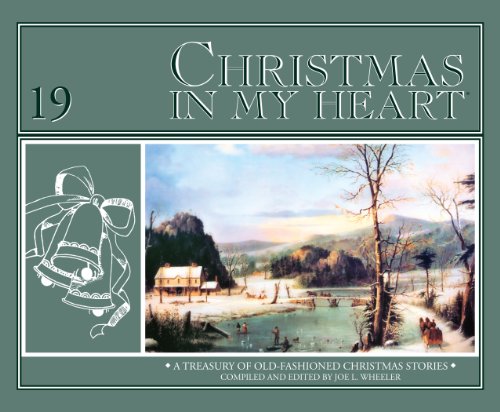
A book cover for Christmas in My Heart, Vol. 19: A Treasury of Old-Fashioned Christmas Stories; Joe L. Wheeler; Christian Books & Bibles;